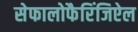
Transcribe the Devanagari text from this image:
सेफालोफैरिंजिऐल